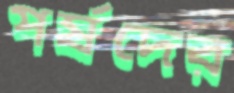
পর্ষদের